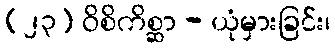
(၂၃) ဝိစိကိစ္ဆာ - ယုံမှားခြင်း၊